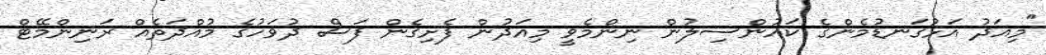
"މިއަދު އަޅުގަނޑުމެންގެ ކައުންސިލުން ނިންމެވީ މިއަދުން ފެށިގެން ފަސް ދުވަހުގެ މުއްދަތެއް ރަނިންމޭޓް